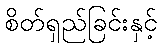
စိတ်ရှည်ခြင်းနှင့်